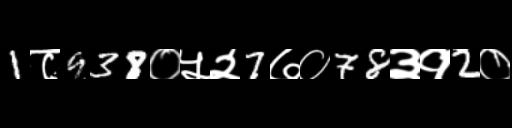
Text: 1८938०५२7७०78३१2०